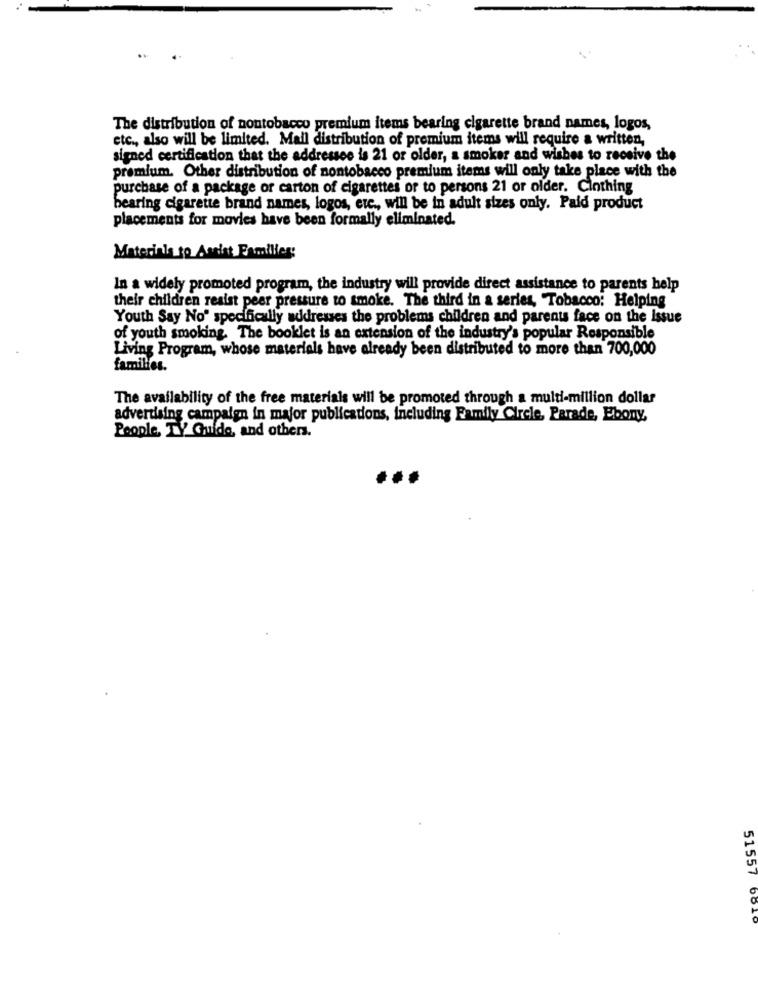
The distribution of nontobacco premium items bearing cigarette brand names, logos,
etc ., also will be limited. Mail distribution of premium items will require a written,
signed certification that the addressee is 21 or older, a smoker and wishes to receive the
premium. Other distribution of nontobacco premium items will only take place with the
purchase of a package or carton of cigarettes or to persons 21 or older. Cinthing
bearing cigarette brand names, logos, etc ., will be in adult sizes only. Paid product
placements for movies have been formally eliminated.
Materials to Assist Families:
In a widely promoted program, the industry will provide direct assistance to parents help
their children reaist peer pressure to smoke. The third in a series, Tobacco: Helping
Youth Say No' specifically addresses the problems children and parents face on the Issue
of youth smoking. The booklet is an extension of the industry's popular Responsible
Living Program, whose materials have already been distributed to more than 700,000
families.
The availability of the free materials will be promoted through a multi-million dollar
advertising campaign in major publications, including Family Circle, Parade, Ebony
People, TY Guide, and others.
51557